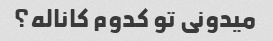
میدونی تو کدوم کاناله؟